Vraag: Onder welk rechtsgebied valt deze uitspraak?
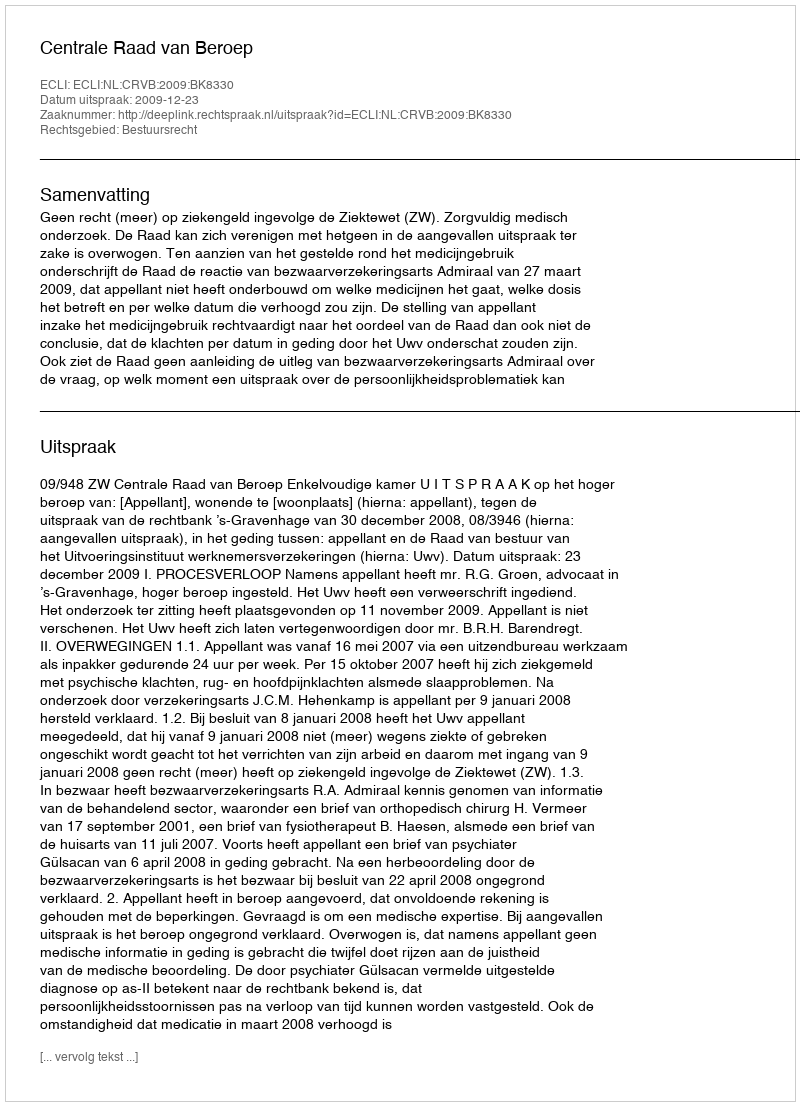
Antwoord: Bestuursrecht